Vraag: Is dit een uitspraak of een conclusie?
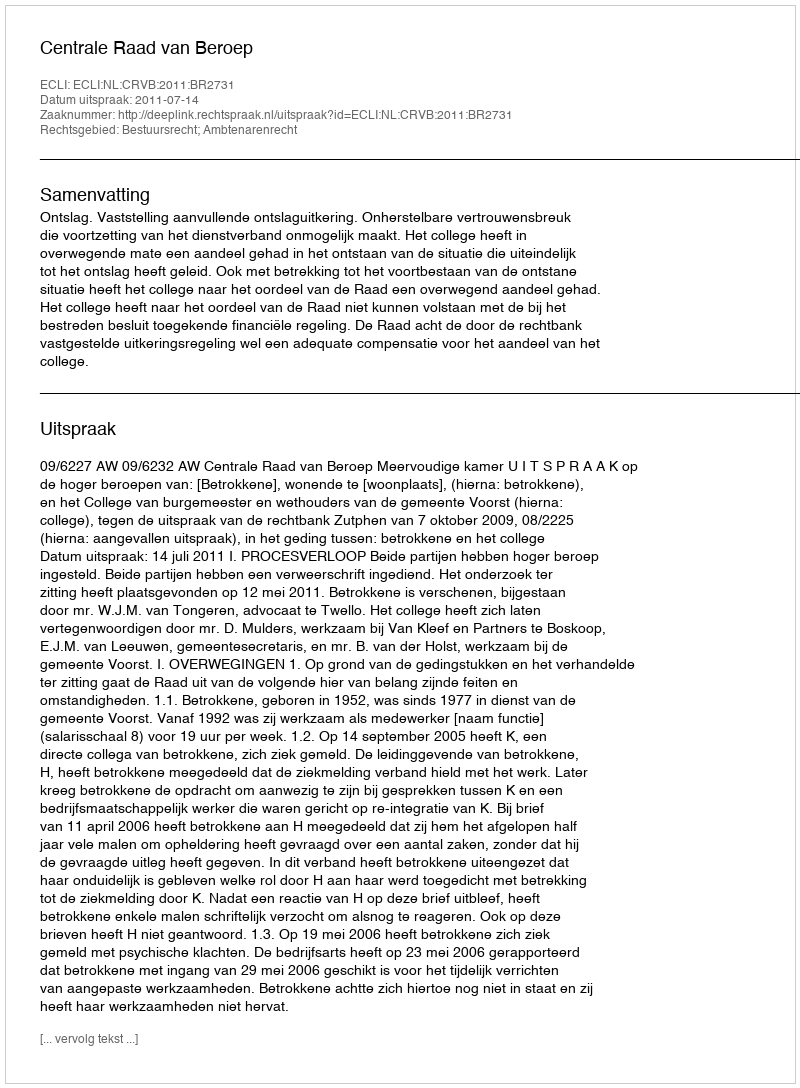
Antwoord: Uitspraak